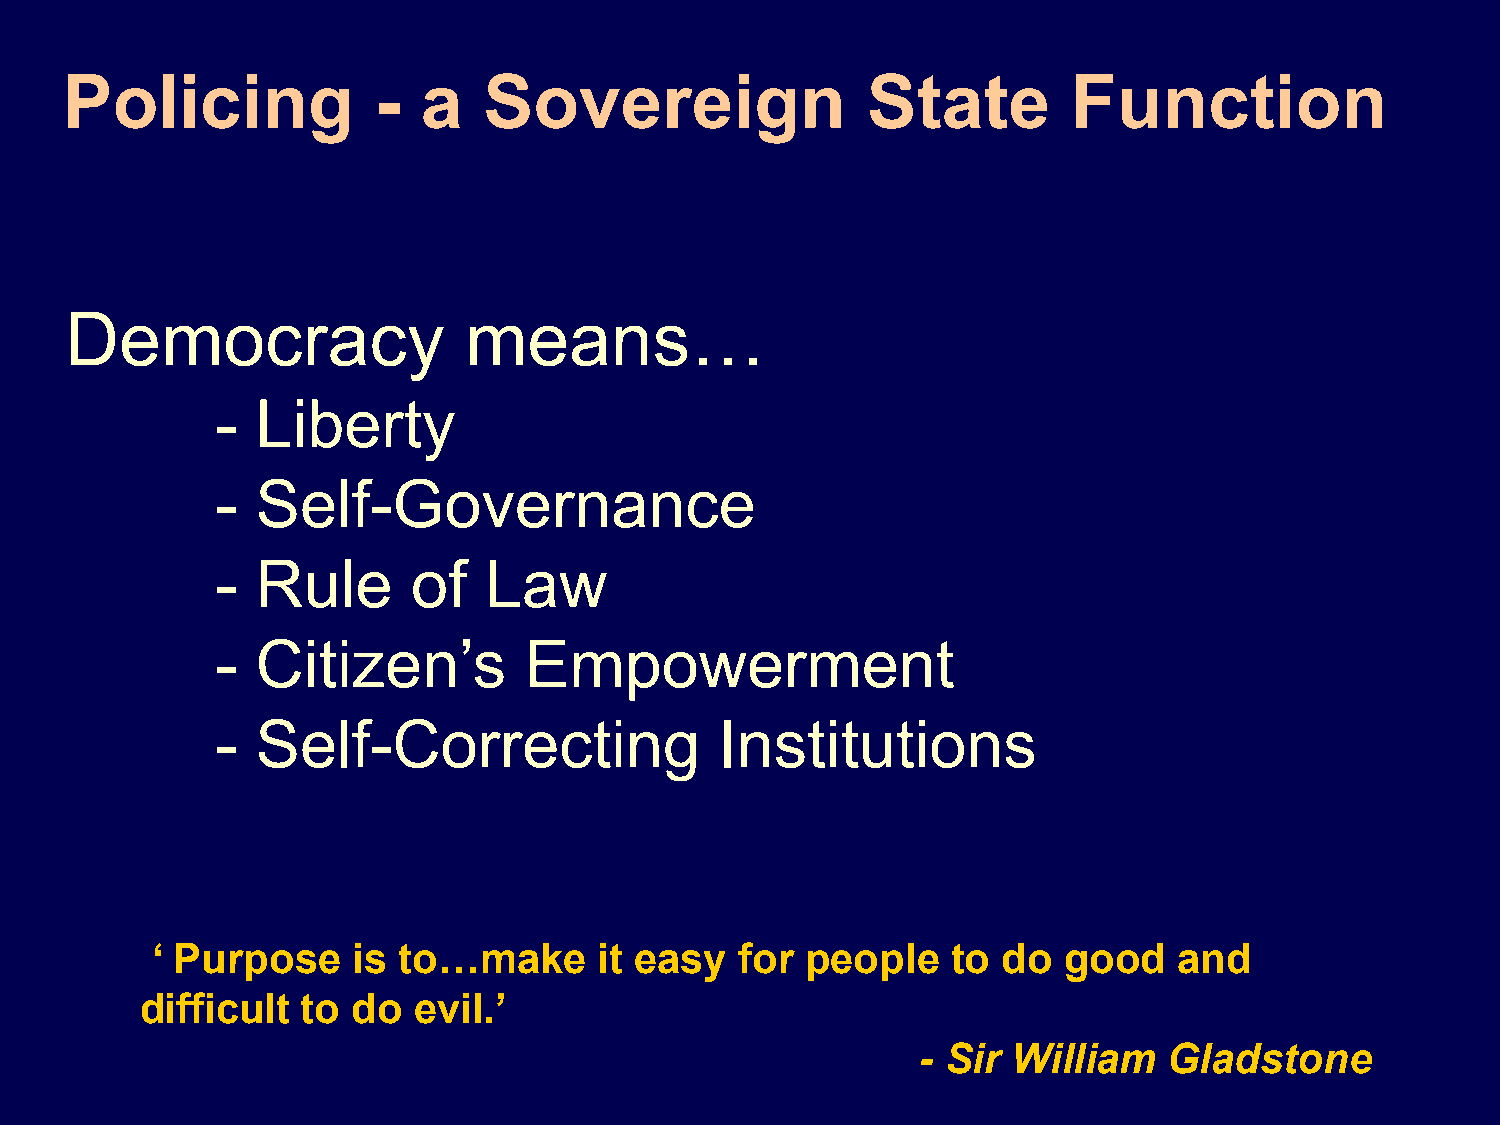
Policing             -  a   Sovereign                State         Function
 Democracy                  means…
 -  Liberty
 -  Self-Governance
 -  Rule      of   Law
 -  Citizen’s         Empowerment
 -  Self-Correcting                Institutions
 ‘ Purpose    is to…make       it easy  for people    to do   good   and
 difficult  to do  evil.’
 - Sir William   Gladstone